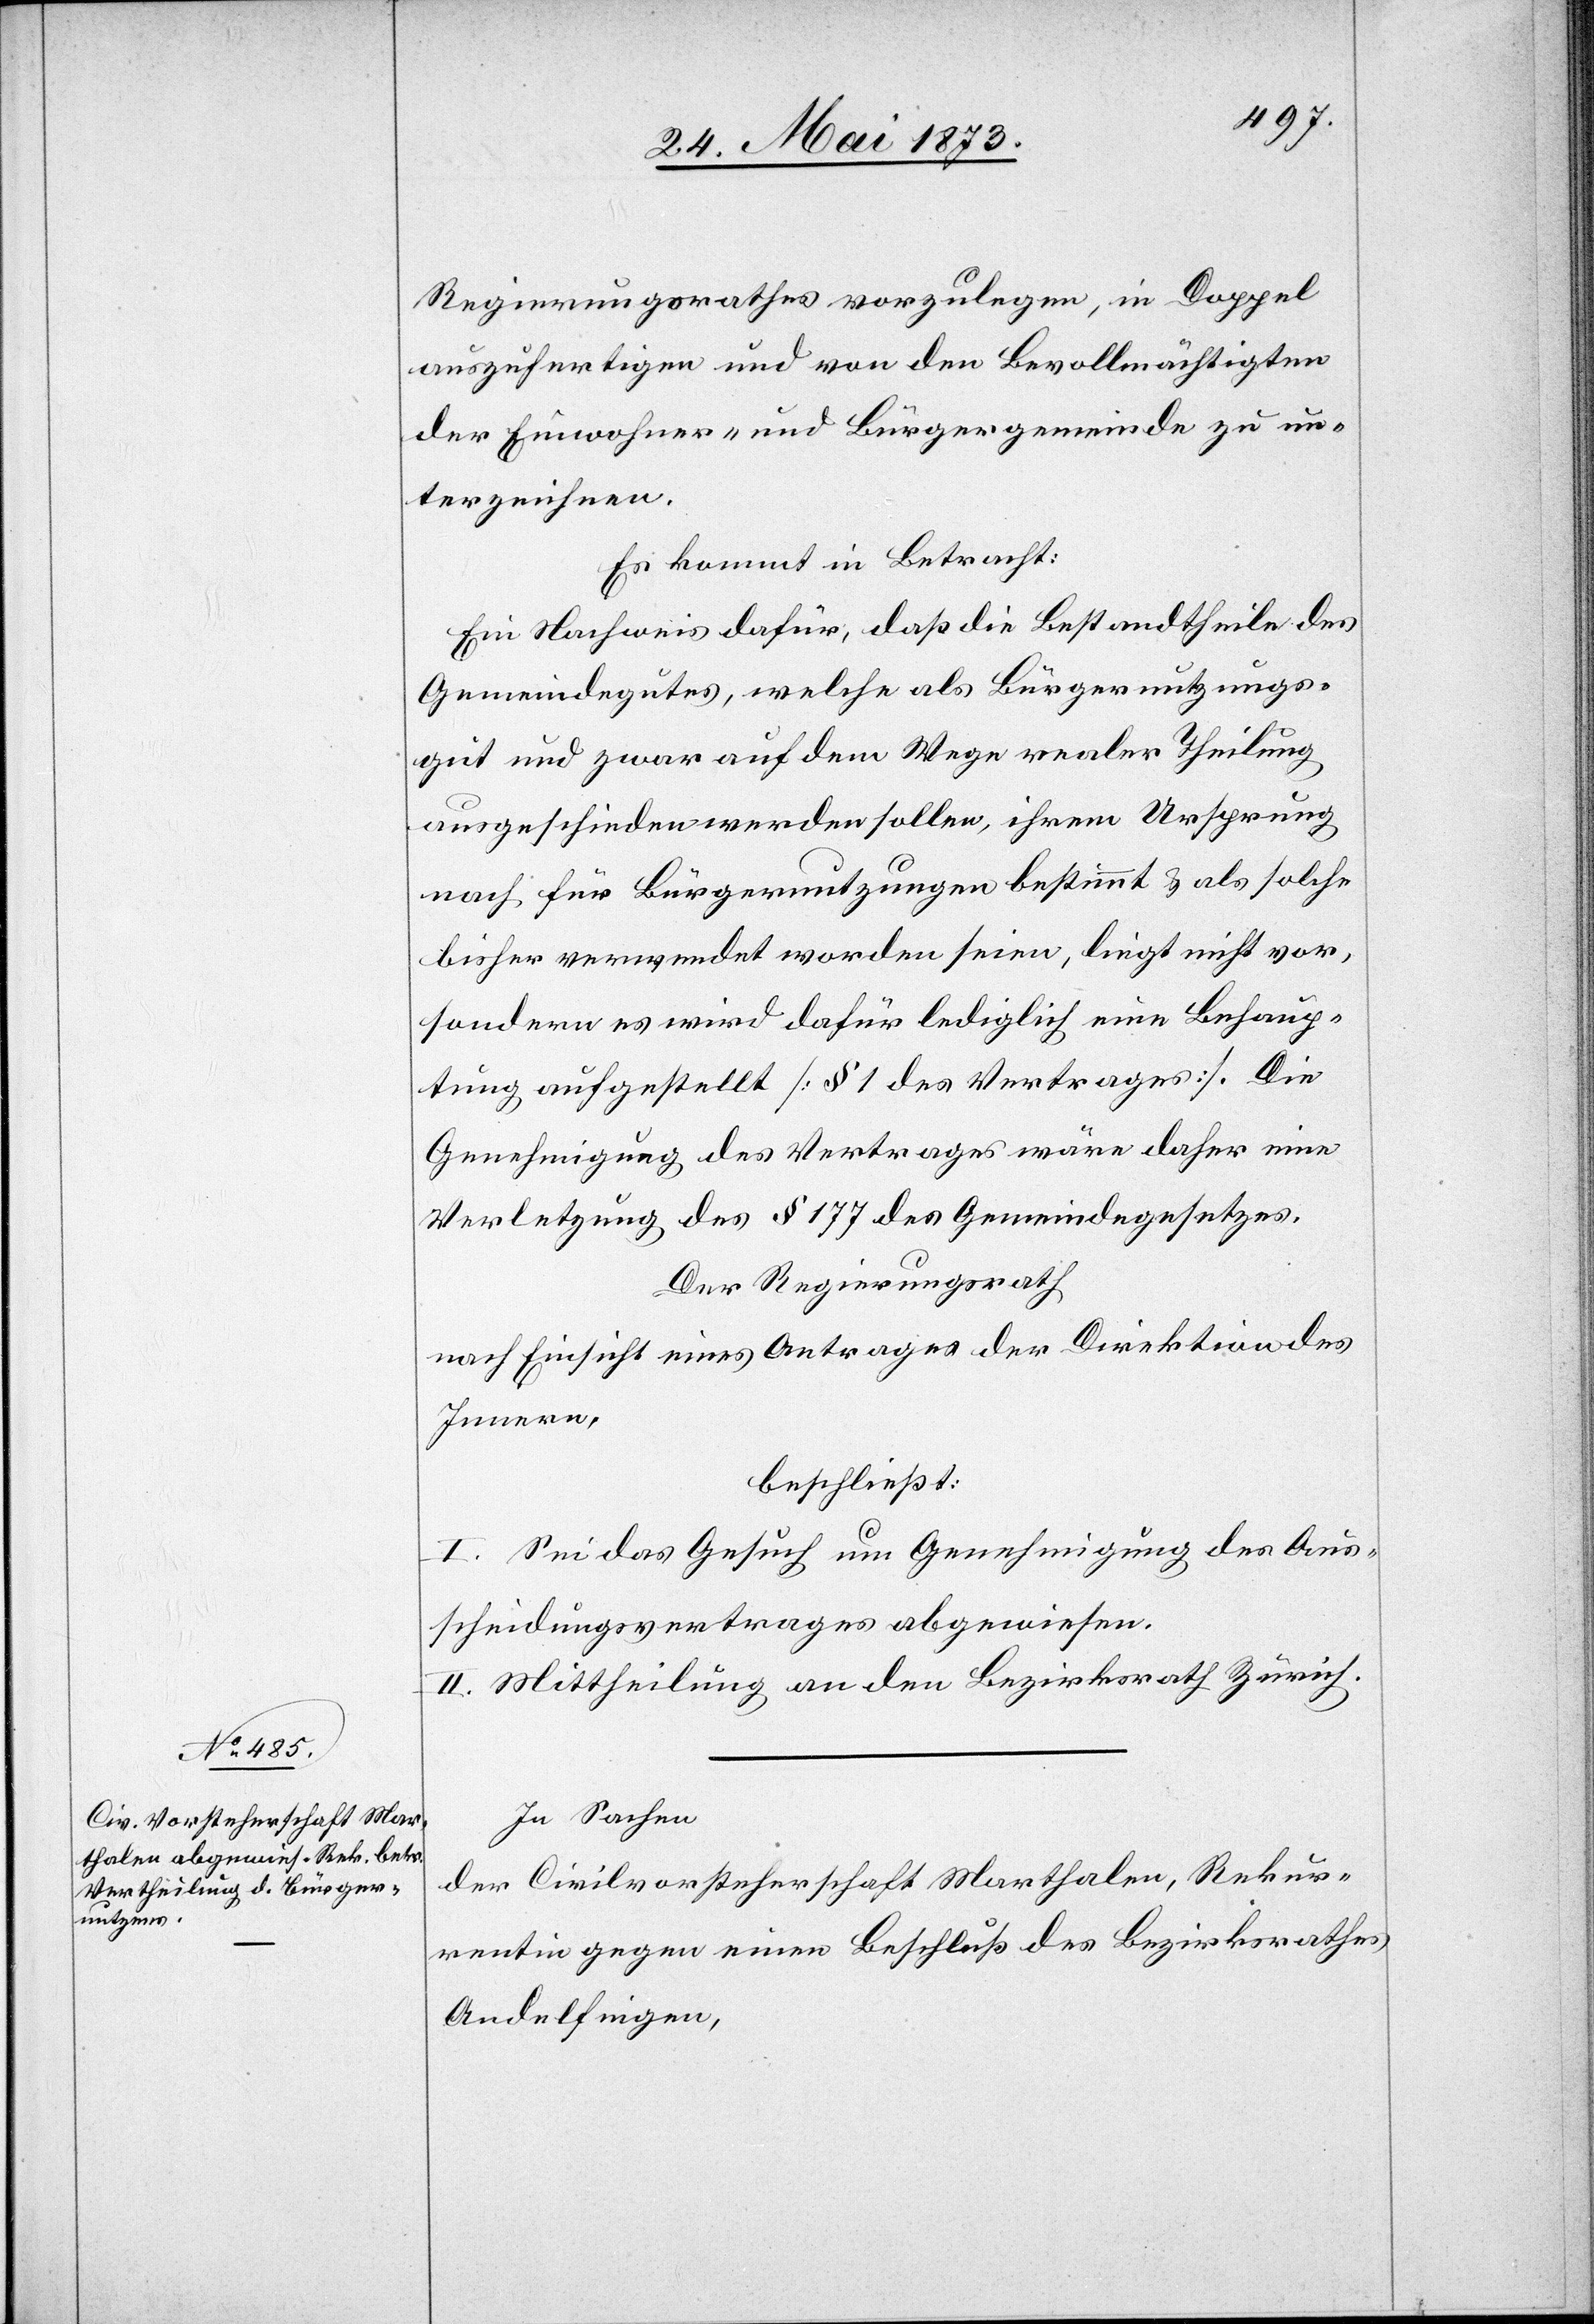
Regierungsrathes vorzulegen, in Doppel
auszufertigen und von den Bevollmächtigten
der Einwohner- und Bürgergemeinde zu un¬
terzeichnen.
Es kommt in Betracht:
Ein Nachweis dafür, daß die Bestandtheile des
Gemeindegutes, welche als Bürgernutzungs¬
gut und zwar auf dem Wege realer Theilung
ausgeschieden werden sollen, ihrem Ursprung
nach für Bürgernutzungen bestimmt & als solche
bisher verwendet worden seien, liegt nicht vor,
sondern es wird dafür lediglich eine Behaup¬
tung aufgestellt [§ 1 des Vertrages]. Die
Genehmigung des Vertrages wäre daher eine
Verletzung des § 177 des Gemeindegesetzes.
Der Regierungsrath
nach Einsicht eines Antrages der Direktion des
Innern,
beschließt:
I. Sei das Gesuch um Genehmigung des Aus¬
scheidungsvertrages abgewiesen.
II. Mittheilung an den Bezirksrath Zürich.
In Sachen
der Civilvorsteherschaft Marthalen, Rekur¬
rentin gegen einen Beschluß des Bezirksrathes
Andelfingen,